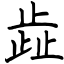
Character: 歮